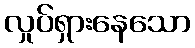
လှုပ်ရှားနေသော